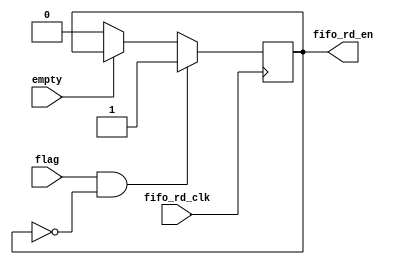
`timescale 1ns / 1ps
//////////////////////////////////////////////////////////////////////////////////
// Company: 
// Engineer: 
// 
// Design Name: 
// Module Name:    fifo_timing 
// Project Name: 
// Target Devices: 
// Tool versions: 
// Description: 
//
// Dependencies: 
//
// Revision: 
// Revision 0.01 - File Created
// Additional Comments: 
//
//////////////////////////////////////////////////////////////////////////////////
module fifo_buf_timing(
	input fifo_rd_clk,
    input flag,
	input empty,
    output fifo_rd_en
    );

reg fifo_rd_en_i;

assign fifo_rd_en = fifo_rd_en_i;

initial begin
	fifo_rd_en_i <= 0;
end

always @(posedge fifo_rd_clk) begin
	if(flag && !fifo_rd_en_i) begin
		fifo_rd_en_i <= 1;
	end else if(!empty) begin
		fifo_rd_en_i <= 0;
	end
end

endmodule